Vaccination in Bombay 1863-1868 - 1863-1868
Year: 1863
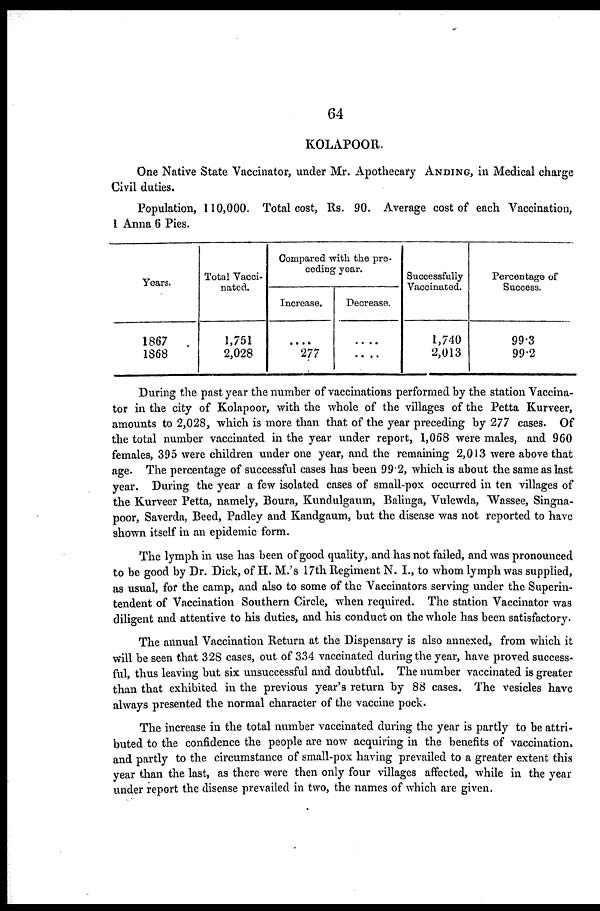
64
KOLAPOOR.
One Native State Vaccinator, under Mr. Apothecary ANDING, in Medical charge
Civil duties.
Population, 110,000. Total cost, Rs. 90. Average cost of each Vaccination,
1 Anna 6 Pies.
Years.
1867
1868
Total Vacci-
nated.
1,751
2,028
Compared with the pre-
ceding year.
Increase.
....
277
Decrease.
....
....
Successfully
Vaccinated.
1,740
2,013
Percentage of
Success.
99.3
99.2
During the past year the number of vaccinations performed by the station Vaccina-
tor in the city of Kolapoor, with the whole of the villages of the Petta Kurveer,
amounts to 2,028, which is more than that of the year preceding by 277 cases. Of
the total number vaccinated in the year under report, 1,068 were males, and 960
females, 395 were children under one year, and the remaining 2,013 were above that
age. The percentage of successful cases has been 99.2, which is about the same as last
year. During the year a few isolated cases of small-pox occurred in ten villages of
the Kurveer Petta, namely, Boura, Kundulgaum, Balinga, Vulewda, Wassee, Singna-
poor, Saverda, Beed, Padley and Kandgaum, but the disease was not reported to have
shown itself in an epidemic form.
The lymph in use has been of good quality, and has not failed, and was pronounced
to be good by Dr. Dick, of H. M.'s 17th Regiment N. I., to whom lymph was supplied,
as usual, for the camp, and also to some of the Vaccinators serving under the Superin-
tendent of Vaccination Southern Circle, when required. The station Vaccinator was
diligent and attentive to his duties, and his conduct on the whole has been satisfactory.
The annual Vaccination Return at the Dispensary is also annexed, from which it
will be seen that 328 cases, out of 334 vaccinated during the year, have proved success-
ful, thus leaving but six unsuccessful and doubtful. The number vaccinated is greater
than that exhibited in the previous year's return by 88 cases. The vesicles have
always presented the normal character of the vaccine pock.
The increase in the total number vaccinated during the year is partly to be attri-
buted to the confidence the people are now acquiring in the benefits of vaccination.
and partly to the circumstance of small-pox having prevailed to a greater extent this
year than the last, as there were then only four villages affected, while in the year
under report the disease prevailed in two, the names of which are given.